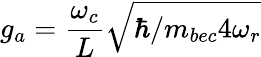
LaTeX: g_{a}=\frac{\omega_{c}}{L}\sqrt{\hbar/m_{bec}4\omega_{r}}